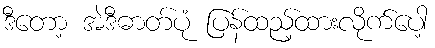
ဒီတော့ အဲဒီဓာတ်ပုံ ပြန်ထည့်ထားလိုက်ပေါ့